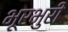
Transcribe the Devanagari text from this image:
भूरभुरी